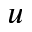
u